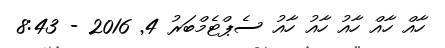
ހާއް ހާއް ހާއު ހާއު ހާއު ސެޕްޓެމްބަރު 4